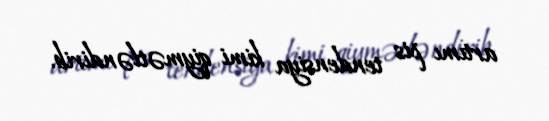
artımı pis tendensiya kimi qiymətləndirib.